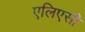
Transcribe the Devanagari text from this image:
एलिएसी